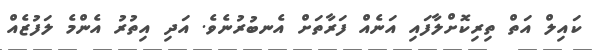
ކައިލް އަތް ތިރިކޮށްލާފައި އަނެއް ފަރާތަށް އެނބުރުނެވެ. އަދި އިތުރު އެންމެ ލަފުޒެއް